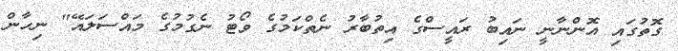
ގޮތުގައި އޮންނާނީ ނައިބު ރައީސްގެ އިތުބާރު ނެތްކަމުގެ ވޯޓު ނެގުމުގެ މައްސަލައޭ" ނިހާން